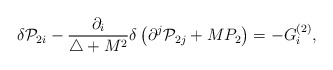
\begin{align*}\delta {\cal P}_{2i}-\frac{\partial _i}{\triangle +M^2}\delta\left( \partial ^j{\cal P}_{2j}+MP_2\right) =-G_i^{(2)},\end{align*}